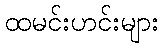
ထမင်းဟင်းများ